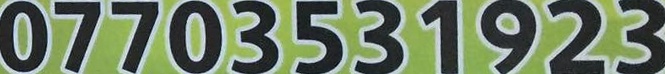
07703531923